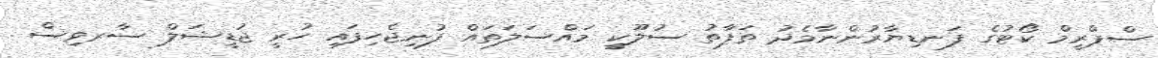
ސްޕްރީމް ކޯޓުގެ ފަނޑިޔާރުންނާމެދު ތަފާތު ސުލޫކީ މައްސަލަތައް ފުނިޖެހިފައި ހުރީ ޖުޑީޝަލް ސާރވިސް